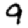
Digit: 9